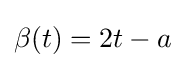
\beta (t)=2t-a